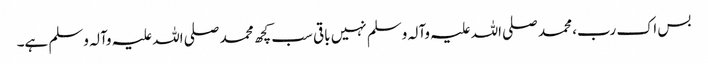
بس اک رب، محمد صلی اللہ علیہ وآلہ وسلم نہیں باقی سب کچھ محمد صلی اللہ علیہ وآلہ وسلم ہے۔